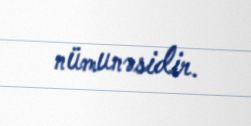
nümunəsidir.